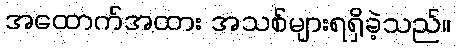
အထောက်အထား အသစ်များရရှိခဲ့သည်။